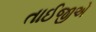
તાઈજીએ